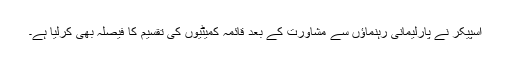
اسپیکر نے پارلیمانی رہنماؤں سے مشاورت کے بعد قائمہ کمیٹیوں کی تقسیم کا فیصلہ بھی کرلیا ہے۔